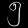
Digit: ၅